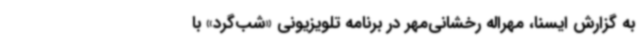
به گزارش ایسنا، مهراله رخشانی‌مهر در برنامه تلویزیونی «شب‌گرد» با